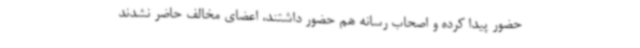
حضور پیدا کرده و اصحاب رسانه هم حضور داشتند، اعضای مخالف حاضر نشدند